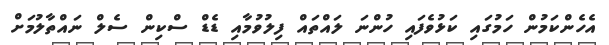
އެހެންކަމުން ހަމުގައި ކަޅުވެފައި ހުންނަ ލައްތައް ފިލުވުމާއި ޑެޑް ސްކިން ސެލް ނައްތާލުމަށް